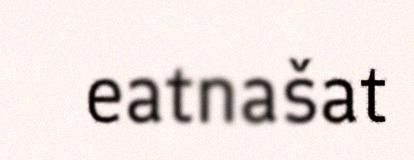
eatnašat